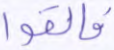
فألقوا